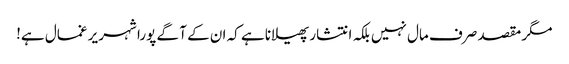
مگر مقصد صرف مال نہیں بلکہ انتشار پھیلانا ہے کہ ان کے آ گے پورا شہر یر غمال ہے!